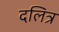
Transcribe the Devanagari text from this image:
दलित्र